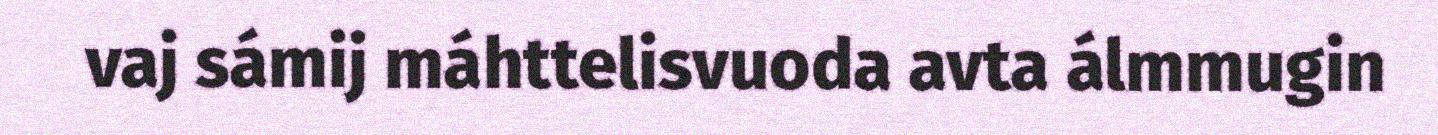
vaj sámij máhttelisvuoda avta álmmugin